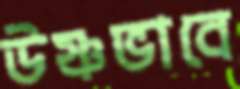
উষ্ণভাবে